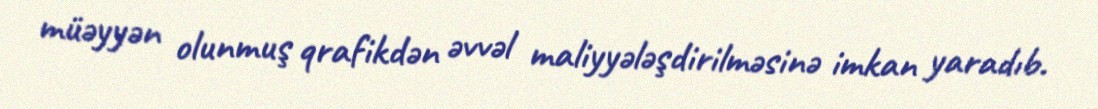
müəyyən olunmuş qrafikdən əvvəl maliyyələşdirilməsinə imkan yaradıb.